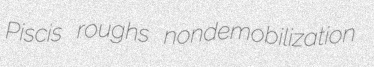
Piscis roughs nondemobilization